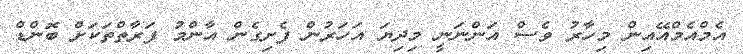
އެމްއެމްއޭއިން މިހާރު ވެސް އަންނަނީ މިދިޔަ އަހަރުން ފެށިގެން އާންމު ފަރާތްތަކަށް ބޮންޑް